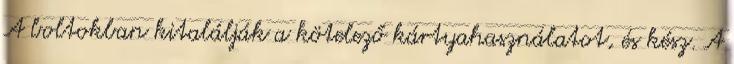
A boltokban kitalálják a kötelező kártyahasználatot, és kész. A